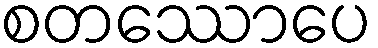
စတဿောပေ